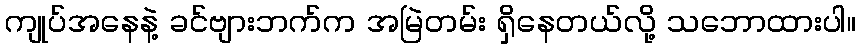
ကျုပ်အနေနဲ့ ခင်ဗျားဘက်က အမြဲတမ်း ရှိနေတယ်လို့ သဘောထားပါ။